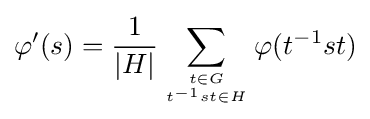
\varphi '(s)={\frac {1}{|H|}}\sum _{t\in G \atop t^{-1}st\in H}^{}\varphi (t^{-1}st)